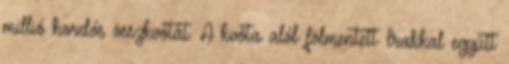
millió hordós összkvótát. A kvóta alól fölmentett Irakkal együtt